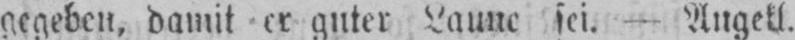
gegeben, damit er guter Laune sei. - Angekl.